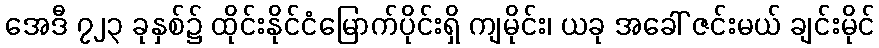
အေဒီ ၇၂၃ ခုနှစ်၌ ထိုင်းနိုင်ငံမြောက်ပိုင်းရှိ ကျမိုင်း၊ ယခု အခေါ် ဇင်းမယ် ချင်းမိုင်